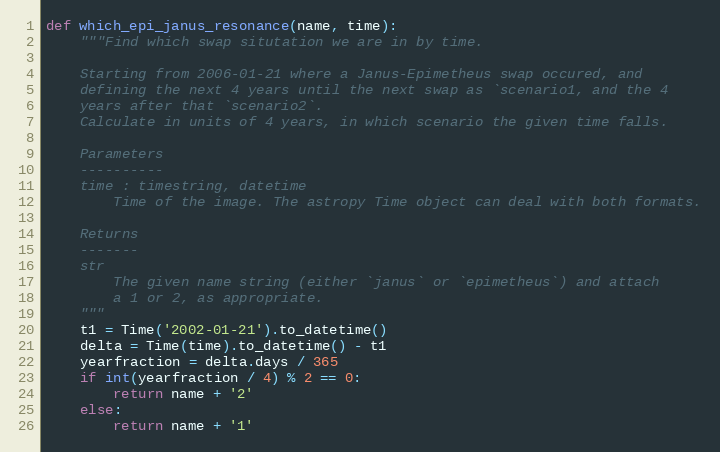
Language: Python
def which_epi_janus_resonance(name, time):
    """Find which swap situtation we are in by time.

    Starting from 2006-01-21 where a Janus-Epimetheus swap occured, and
    defining the next 4 years until the next swap as `scenario1, and the 4
    years after that `scenario2`.
    Calculate in units of 4 years, in which scenario the given time falls.

    Parameters
    ----------
    time : timestring, datetime
        Time of the image. The astropy Time object can deal with both formats.

    Returns
    -------
    str
        The given name string (either `janus` or `epimetheus`) and attach
        a 1 or 2, as appropriate.
    """
    t1 = Time('2002-01-21').to_datetime()
    delta = Time(time).to_datetime() - t1
    yearfraction = delta.days / 365
    if int(yearfraction / 4) % 2 == 0:
        return name + '2'
    else:
        return name + '1'